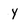
Character: Y